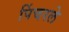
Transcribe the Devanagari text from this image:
पिंचरले